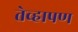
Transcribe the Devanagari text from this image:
तेव्हापण